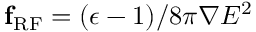
{ \bf f } _ { \mathrm { R F } } = ( \epsilon - 1 ) / { 8 \pi } \boldsymbol { \nabla } E ^ { 2 }